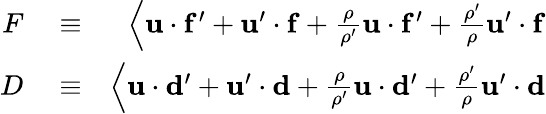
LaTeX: \begin{array}{rlr}{F}&{{}\equiv}&{\left\langle{\mathbf u}\cdot{\mathbf f^{\prime}}+{\mathbf u}^{\prime}\cdot{\mathbf f}+{\frac{\rho}{\rho^{\prime}}}{\mathbf u}\cdot{\mathbf f^{\prime}}+{\frac{\rho^{\prime}}{\rho}}{\mathbf u}^{\prime}\cdot{\mathbf f}\right.}\\ {D}&{{}\equiv}&{\left\langle{\mathbf u}\cdot{\mathbf d^{\prime}}+{\mathbf u}^{\prime}\cdot{\mathbf d}+{\frac{\rho}{\rho^{\prime}}}{\mathbf u}\cdot{\mathbf d^{\prime}}+{\frac{\rho^{\prime}}{\rho}}{\mathbf u}^{\prime}\cdot{\mathbf d}\right.}\end{array}